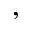
,